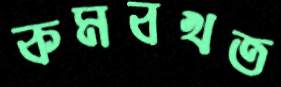
কমবখত